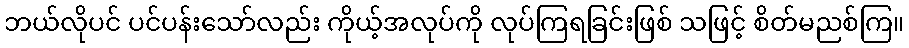
ဘယ်လိုပင် ပင်ပန်းသော်လည်း ကိုယ့်အလုပ်ကို လုပ်ကြရခြင်းဖြစ် သဖြင့် စိတ်မညစ်ကြ။